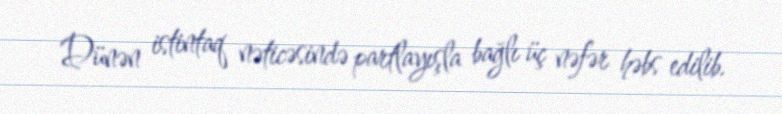
Dünən istintaq nəticəsində partlayışla bağlı üç nəfər həbs edilib.